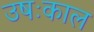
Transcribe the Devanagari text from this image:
उषःकाल